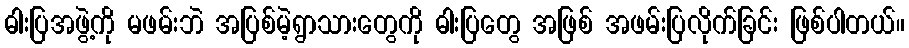
ဓါးပြအဖွဲ့ကို မဖမ်းဘဲ အပြစ်မဲ့ရွာသားတွေကို ဓါးပြတွေ အဖြစ် အဖမ်းပြလိုက်ခြင်း ဖြစ်ပါတယ်။